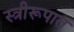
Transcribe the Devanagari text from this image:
स्त्रीरूपात